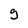
Character: 9